Vaccine operations Central Provinces & Berar 1922-1929 - 1922-1929
Year: 1922
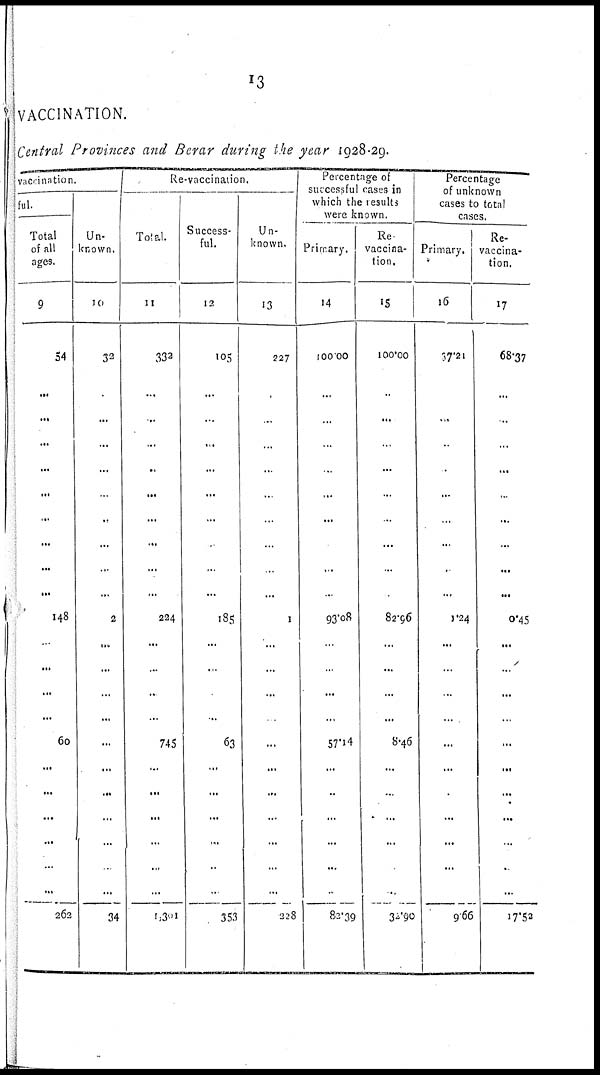
13
VACCINATION.
Central Provinces and Berar during the year 1928-29.
vaccination
ful.
Total
of all
ages.
9
54
...
...
...
...
...
...
...
...
...
148
.
...
...
...
60
...
...
...
...
...
...
262
Un-
known.
10
32
.
...
...
...
.
...
...
...
...
2
...
...
...
...
...
...
...
...
...
...
...
34
Re-vaccination.
Total.
11
332
...
..
...
..
...
...
...
...
...
224
...
..
..
...
745
...
...
...
...
...
...
1,301
Success-
ful.
12
105
...
..
...
...
...
...
.
...
...
185
...
...
...
..
63
...
...
...
...
..
.
353
Un-
known.
13
227
.
..
...
..
...
...
...
...
...
1
...
...
...
...
...
...
...
...
...
...
...
328
Percentage of
successful cases in
which the results
were known.
Primary.
14
100.00
...
...
..
...
...
...
...
...
...
93.08
...
..
...
...
57.14
...
..
...
...
...
...
82.39
Re
vaccina-
tion.
15
100.00
..
...
...
...
...
...
...
...
...
82.96
...
...
...
...
8.46
...
...
...
...
...
..
32.90
Percentage
of unknown
cases to total
cases.
Primary.
16
37.21
..
...
..
...
...
..
...
.
...
1.24
...
...
...
...
...
...
...
...
...
...
...
9.66
Re-
vaccina-
tion.
17
68.37
...
..
...
...
...
...
...
...
...
0.45
...
...
...
...
...
...
...
...
..
.
..
17.53